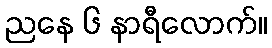
ညနေ ၆ နာရီလောက်။